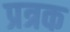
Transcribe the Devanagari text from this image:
प्रत्रक